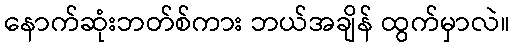
နောက်ဆုံးဘတ်စ်ကား ဘယ်အချိန် ထွက်မှာလဲ။